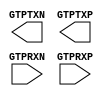
// Copyright 2020-2022 F4PGA Authors
//
// Licensed under the Apache License, Version 2.0 (the "License");
// you may not use this file except in compliance with the License.
// You may obtain a copy of the License at
//
//     http://www.apache.org/licenses/LICENSE-2.0
//
// Unless required by applicable law or agreed to in writing, software
// distributed under the License is distributed on an "AS IS" BASIS,
// WITHOUT WARRANTIES OR CONDITIONS OF ANY KIND, either express or implied.
// See the License for the specific language governing permissions and
// limitations under the License.
//
// SPDX-License-Identifier: Apache-2.0

module GTPE2_CHANNEL (
    (* iopad_external_pin *)
    output GTPTXN,
    (* iopad_external_pin *)
    output GTPTXP,
    (* iopad_external_pin *)
    input  GTPRXN,
    (* iopad_external_pin *)
    input  GTPRXP
);

endmodule